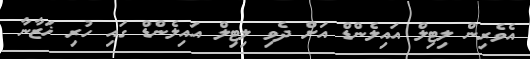
އެވެރިން ލިޓިލް އައިލެންޑް އަށް ދެވި ލިޓިލް އައިލެންޑް ގައި ހުރި ޚަޒާނާ